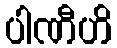
ပါဏီဟိ